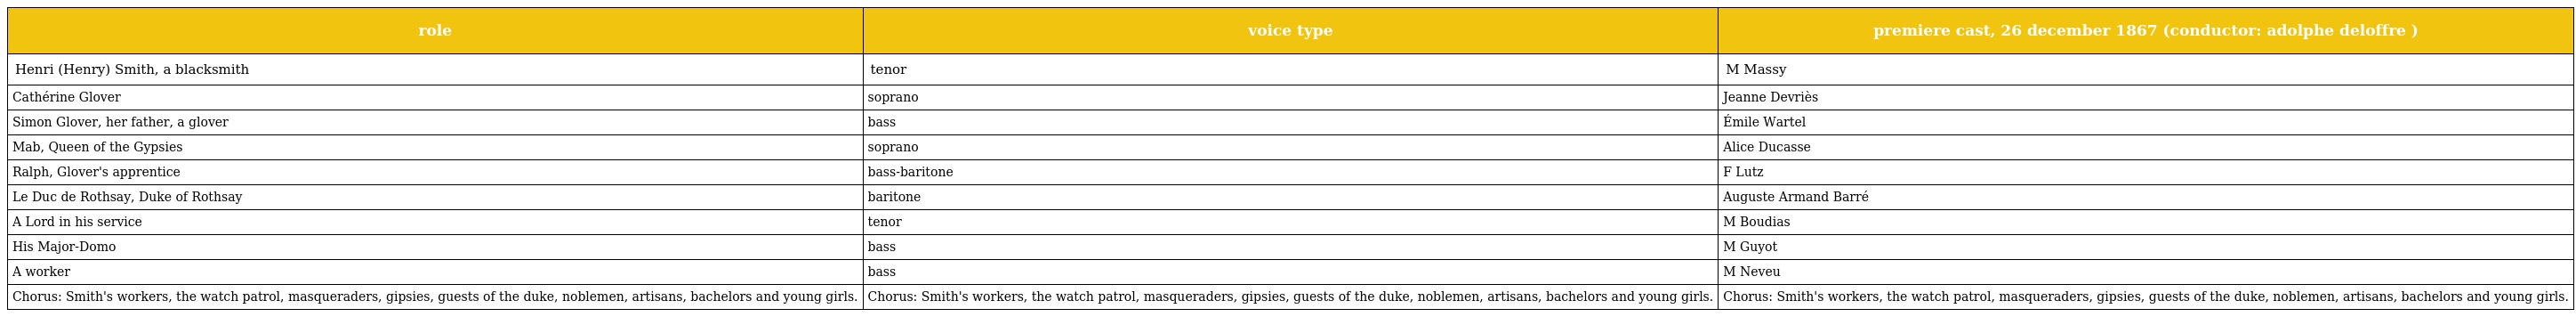
| role | voice type | premiere cast, 26 december 1867 (conductor: adolphe deloffre ) |
 | --- | --- | --- |
 | Henri (Henry) Smith, a blacksmith | tenor | M Massy |
 | Cathérine Glover | soprano | Jeanne Devriès |
 | Simon Glover, her father, a glover | bass | Émile Wartel |
 | Mab, Queen of the Gypsies | soprano | Alice Ducasse |
 | Ralph, Glover's apprentice | bass-baritone | F Lutz |
 | Le Duc de Rothsay, Duke of Rothsay | baritone | Auguste Armand Barré |
 | A Lord in his service | tenor | M Boudias |
 | His Major-Domo | bass | M Guyot |
 | A worker | bass | M Neveu |
 | Chorus: Smith's workers, the watch patrol, masqueraders, gipsies, guests of the duke, noblemen, artisans, bachelors and young girls. | Chorus: Smith's workers, the watch patrol, masqueraders, gipsies, guests of the duke, noblemen, artisans, bachelors and young girls. | Chorus: Smith's workers, the watch patrol, masqueraders, gipsies, guests of the duke, noblemen, artisans, bachelors and young girls. |